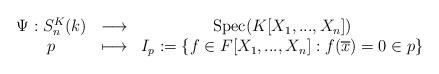
LaTeX: \begin{align*}\begin{array}{ccc}\Psi:S_{n}^{K}(k)&\longrightarrow&\mathrm{Spec}(K[X_{1}, ..., X_{n}])\\p&\longmapsto&I_{p}:=\{f\in F[X_{1}, ..., X_{n}]:f(\overline{x})=0\in p\}\end{array}\end{align*}